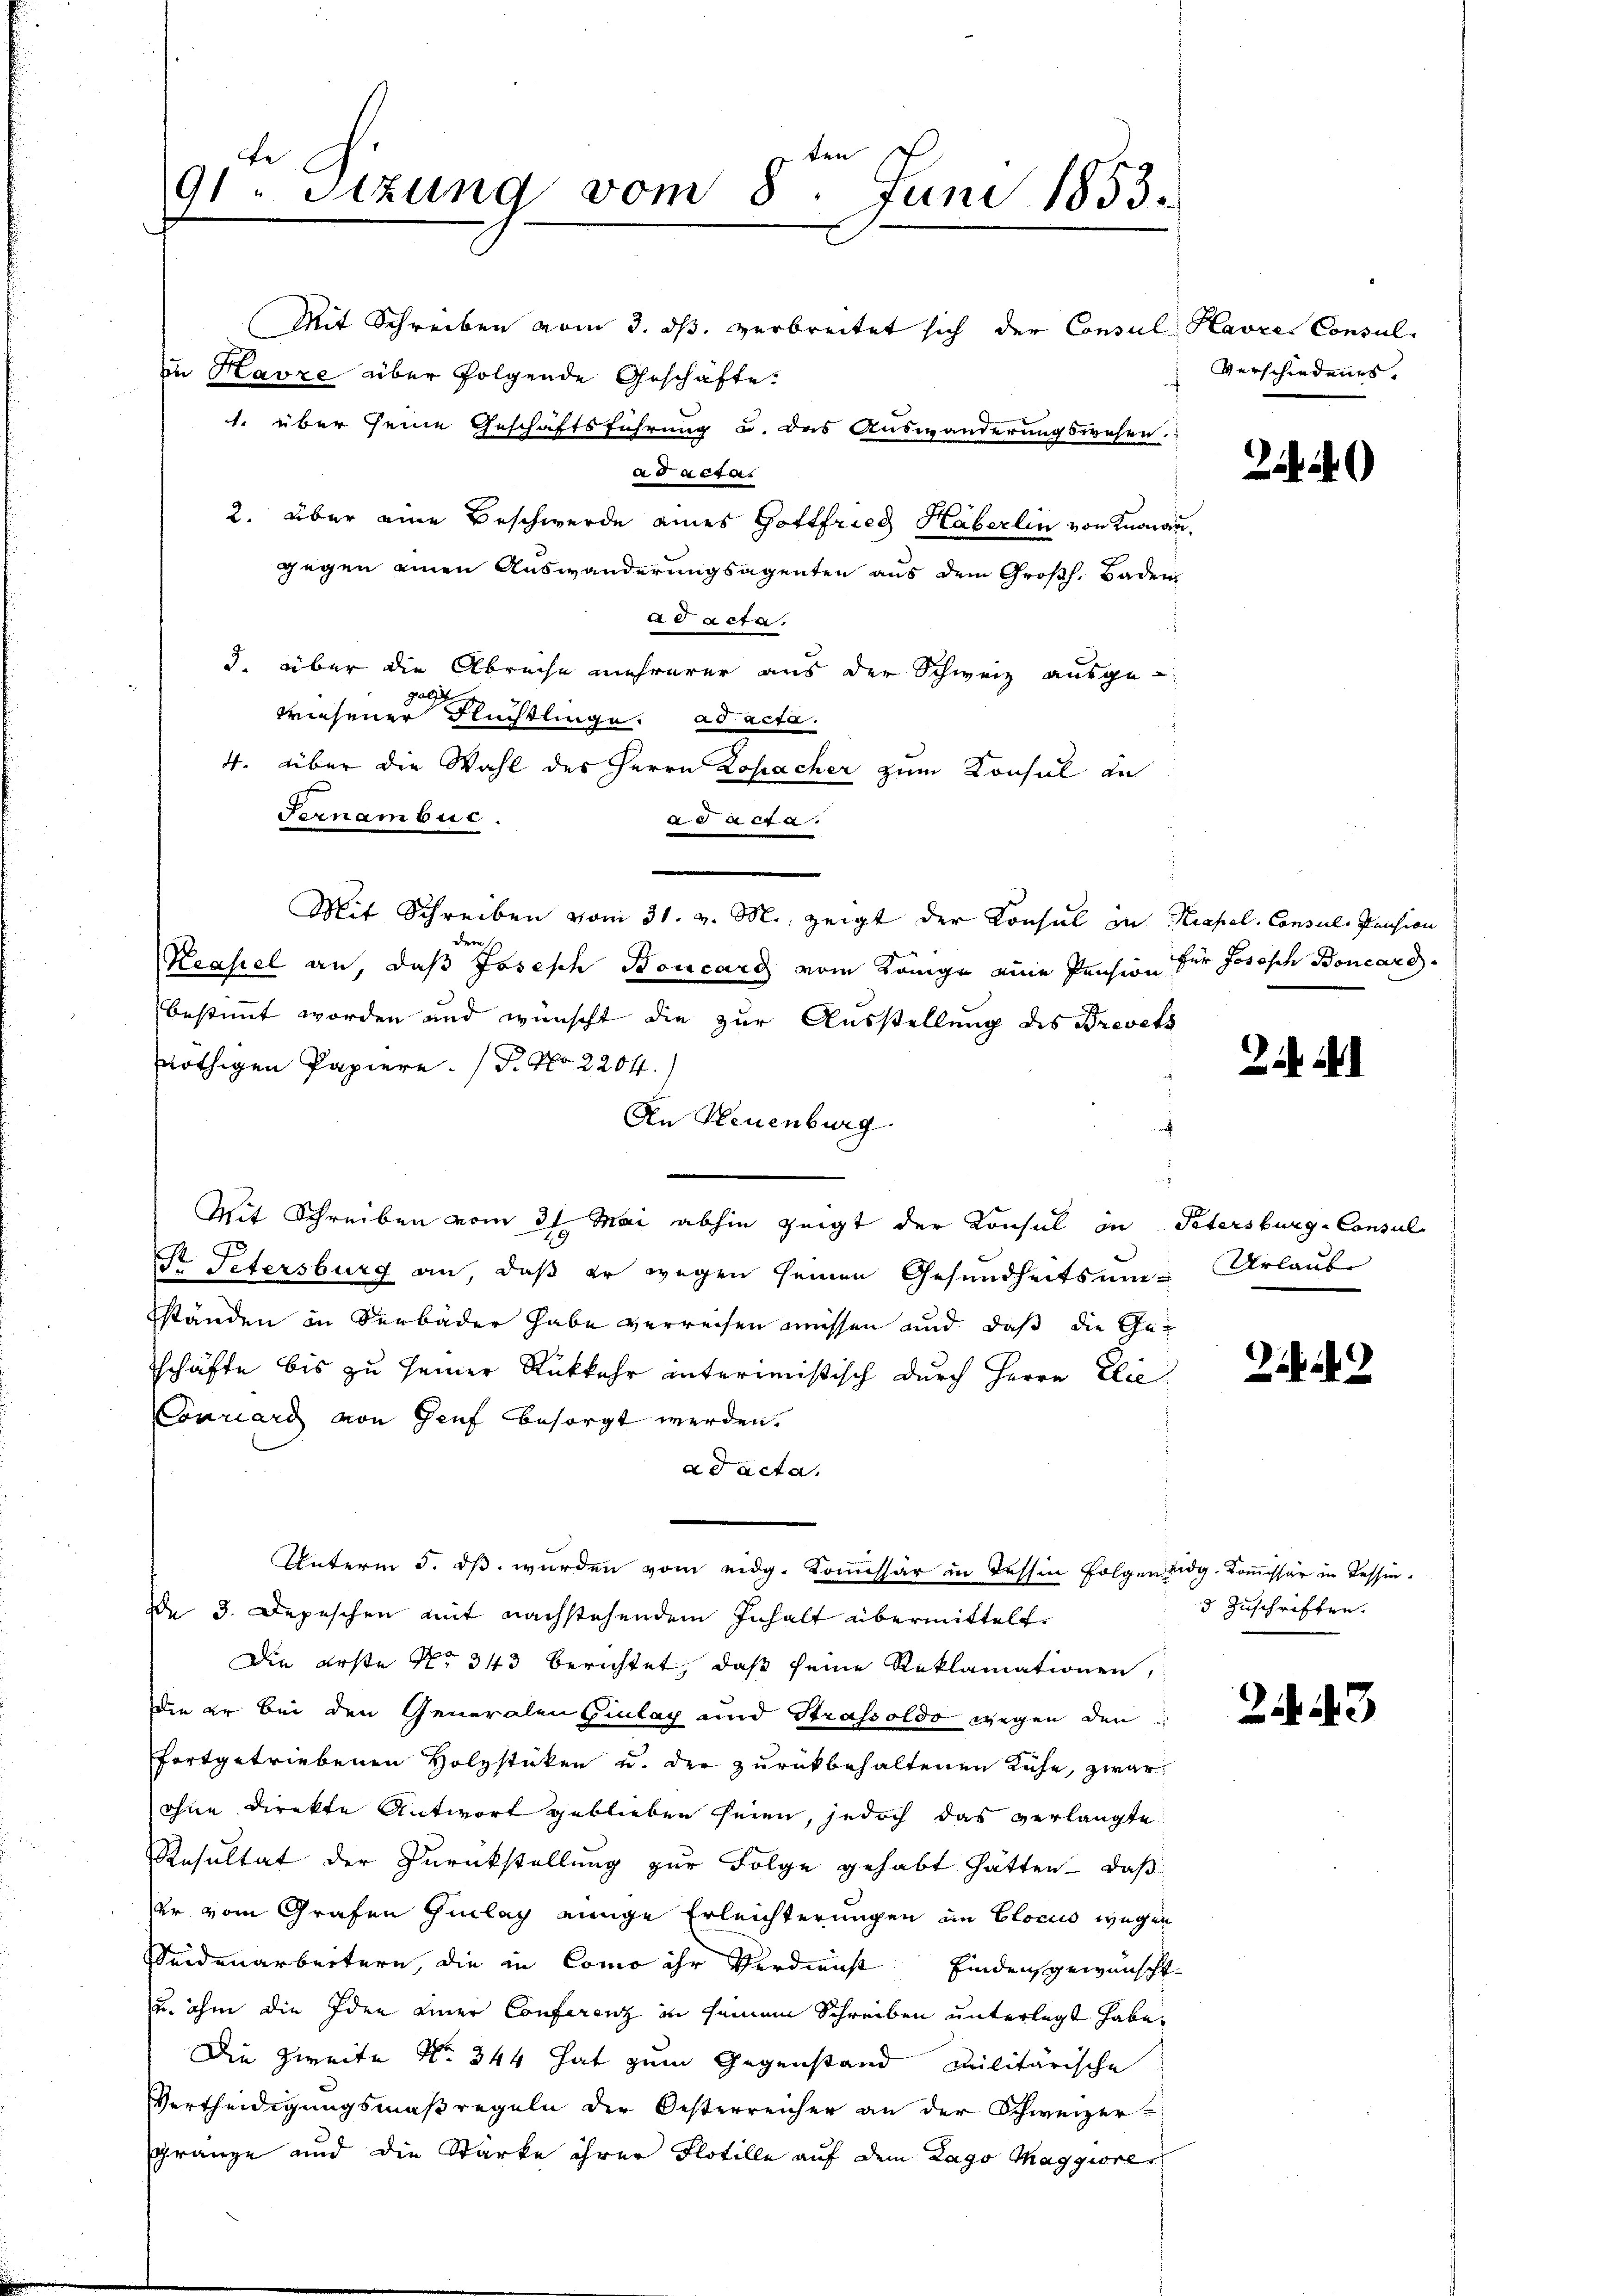
ten
te
91. Sitzung vom 8
Juni 1853.

Mit Schreiben vom 3. ds. verbreitet sich der Consul Havre Consul-
in Havre über folgende Geschäfte.
1. über seine Geschäftsführung u. das Auswanderungswesen.
a Facta
2. über eine Beschwerde eines Gottfried Häberlin von Knonau.
gegen einen Auswanderungsagenten aus dem Großh. Baden
A P acta,
3. über die Abreche mehrerer aus der Schweiz ausge-
al
wiesener Fluchtlinge. ad acta.
e
4. über die Wahl des Herrn Kosacher zum Konsul au
Fernambur
504. a.
Mit Schreiben vom 31. v. M., zeigt der Konsul in Kapel. Consuls Pension
dere
Krasel an, daß Joseph Boucard vom Könige eine Pension für Jososch Boncard
bestimmt worden und wünscht die zur Ausstellung des Brevets
nöthigen Papiere. (T. No 2204.
An Neuenburg
Mit Schreiben vom 31. Mai abhin zeigt der Konsul in Petersburg-Consul
Sr Petersburg an, daß er wegen seinen Gesundheitsum-Urlaube
ständen in Seebäder habe verreisen müssen und daß die Geschäfte bis zu seiner Rükkehr interimistisch durch Herrn Elie
Conciard von Genf besorgt werden.
a Facta.
Unterm 5. dß wurden vom eidg. Kommissär in Tessin folgen eidg. Kommissär in Tessinde 3. Depeschen mit nachstehendem Inhalt übermittelt.
Die erste No 313 berichtet, daß seine Reklamationen,
die er bei den Generalen Hinlag und Strassoldo wegen den
fortgetriebenen Holzstücken u. der zurückbehaltenen Rufe, zwar
ohne Direkte Antwort geblieben seien, jedoch das verlangte
Resultat der Zurückstellung zur Folge gehabt hätten – daß
er vom Grafen Einlag einige Erleichterungen im Elocus wegen
Seidenarbeitern, die in Como ihr Verdienst finders gewünscht
u. ihm die Idee einer Conferenz in seinem Schreiben unterlegt habe,
Die Zweite No 344 hat zum Gegenstand Militärische
Vertheidigungsmaßregeln der Oesterreicher an der Schweizer
gränze und die Starke ihrer Flotille auf dem Lago Maggiorer

Verschiedenes,

22)

24 Al

3 Zuschriften.

23